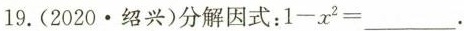
19.(2020﹒绍兴)分解因式：$$1 - x ^ { 2 } =$$___。